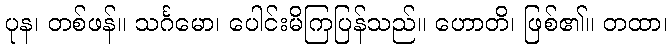
ပုန၊ တစ်ဖန်။ သင်္ဂမော၊ ပေါင်းမိကြပြန်သည်။ ဟောတိ၊ ဖြစ်၏။ တထာ၊